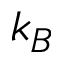
k _ { B }